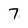
Character: 7